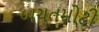
બચતમોટી